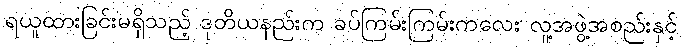
ရယူထားခြင်းမရှိသည့် ဒုတိယနည်းက ခပ်ကြမ်းကြမ်းကလေး လူ့အဖွဲ့အစည်းနှင့်